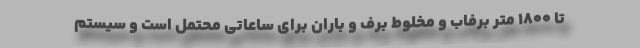
تا ۱۸۰۰ متر برفاب و مخلوط برف و باران برای ساعاتی محتمل است و سیستم